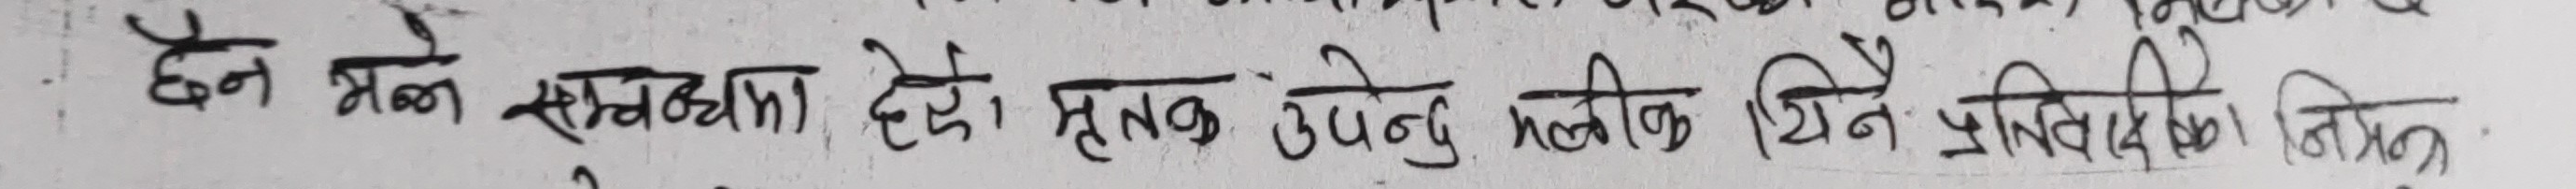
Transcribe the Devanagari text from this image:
छैन भन्ने सम्झना छैन । प्रत्येक उपयुक्त मौलिक चिने प्रतिनिधिका निम्ति